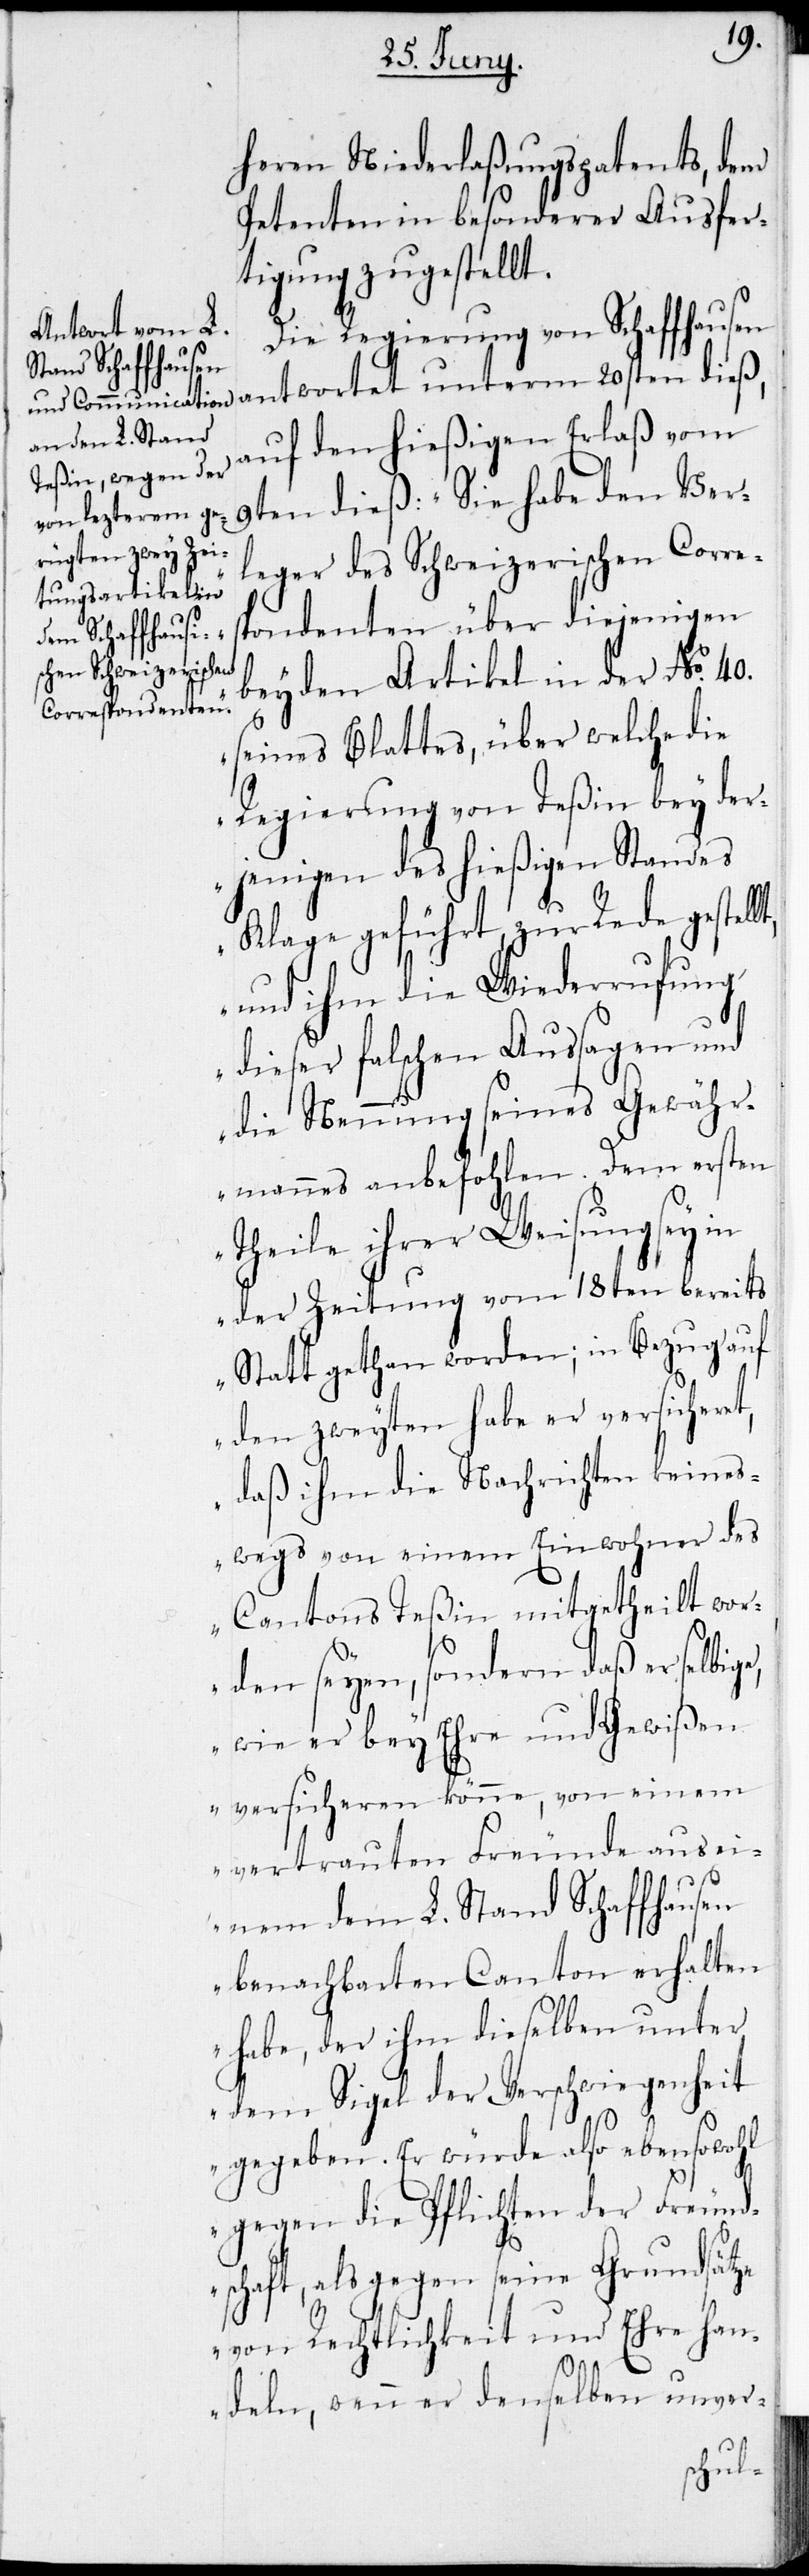
heren Niederlaßungspatents, dem
Petenten in besonderer Ausfer¬
tigung zugestellt.
Die Regierung von Schaffhausen
auf den hießigen Erlaß vom
9ten dieß: „Sie habe den Ver¬
leger des Schweizerischen Corre¬
spondenten über diejenigen
beyden Artikel in der No. 40.
seines Blattes, über welche die
Regierung von Teßin bey der¬
jenigen des hießigen Standes
Klage geführt, zur Rede gestel¬
und ihm die Wiederrufung
dieser falschen Aussagen und
die Nennung seines Gewähr¬
mannes anbefohlen, dem ersten
Theile ihrer Weisung sey in
der Zeitung vom 18ten bereits
Statt gethan worden; in Bezug auf
den zweyten habe er versichere¬
daß ihm die Nachrichten keines¬
wegs von einem Einwohner des
Cantons Teßin mitgetheilt wor¬
den seyen, sondern daß er selbig¬
wie er bey Ehre und Gewißen
versicheren könne, von einem
vertrauten Freunde aus ei¬
nem dem L. Stand Schaffhausen
benachbarten Canton erhalten
habe, der ihm dieselben unter
dem Sigel der Verschwiegenheit
gegeben. Er würde also eben sowohl
gegen die Pflichten der Freund¬
e,
schaft, als gegen seine Grundsätze
von Rechtlichkeit und Ehre han¬
deln, wenn er denselben unver-